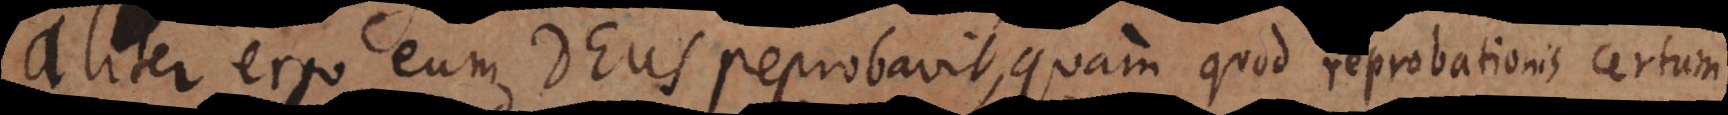
aliter ergo eum Deus reprobavit, quam quod reprobandum